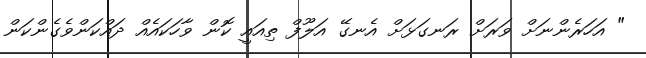
" އަހަރެންނަށް ވަރަށް ރަނގަޅަށް އެނގޭ އަލޫފް ތިއައީ ކޮން ވާހަކައެއް ދައްކަންވެގެންކަން